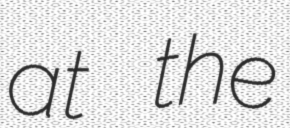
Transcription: at the